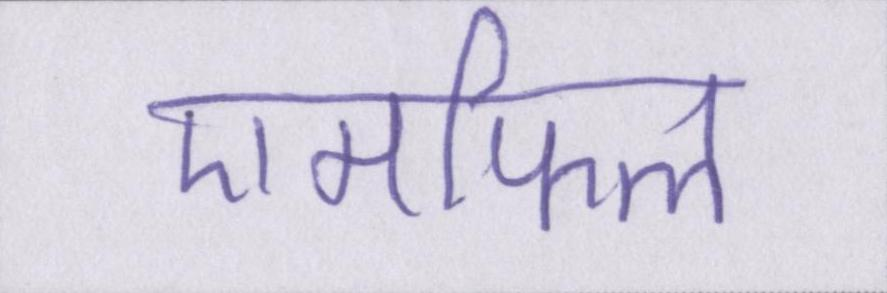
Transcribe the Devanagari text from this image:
एमफिल